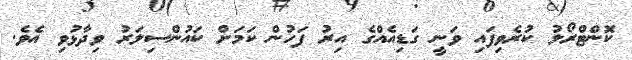
ކޮންޓްރޯލު ކުރެވިފައި ވަނީ ގަޑިއެއްގެ އިރު ފަހުން ކަމަށް ކައުންސިލަރު ވިދާޅުވި އެވެ.